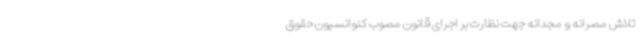
تلاش مصرانه و مجدانه جهت نظارت بر اجرای قانون مصوب کنوانسیون حقوق